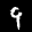
Label: 9